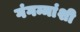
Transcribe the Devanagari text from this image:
गंगम्मांशी